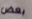
بعض